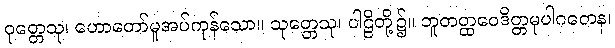
ဝုတ္တေသု၊ ဟောတော်မူအပ်ကုန်သော။ သုတ္တေသု၊ ပါဠိတို့၌။ ဘူတတ္ထဝေဒိတ္တမုပါဂတေန၊